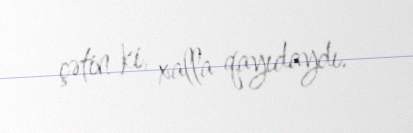
çətin ki, xalla qayıdaydı.